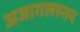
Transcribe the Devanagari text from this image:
अजागलस्तन